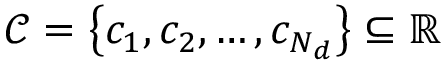
\mathcal { C } = \left\{ c _ { 1 } , c _ { 2 } , \dotsc , c _ { N _ { d } } \right\} \subseteq \mathbb { R }